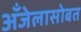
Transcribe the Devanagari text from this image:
अँजेलासोबत